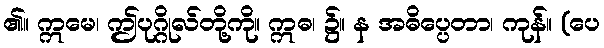
၏။ ဣမေ၊ ဤပုဂ္ဂိုလ်တို့ကို။ ဣဓ၊ ၌။ န အဓိပ္ပေတာ၊ ကုန်။ (ပေ